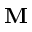
\mathbf { M }